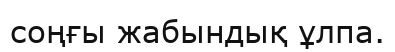
соңғы жабындық ұлпа.